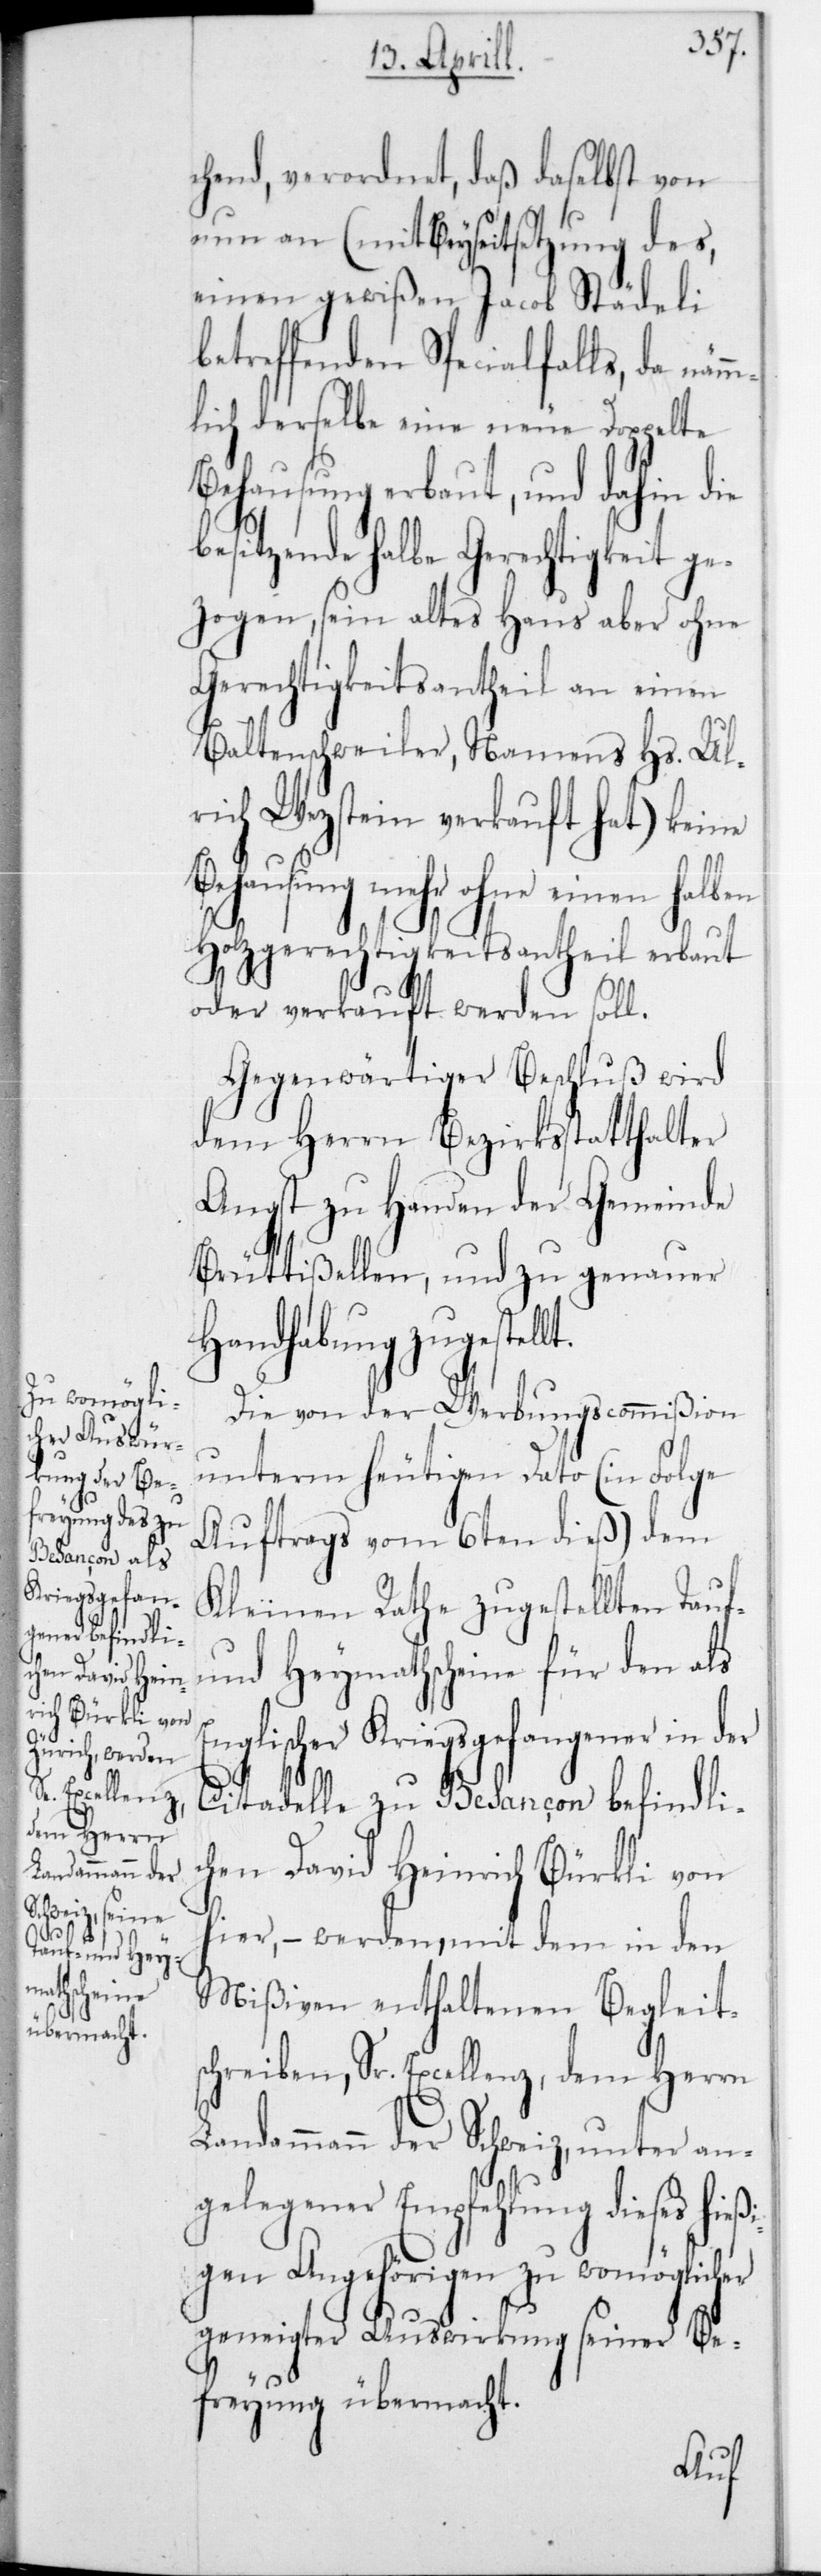
chend, verordnet, daß daselbst von
nun an (mit Beyseitsetzung des,
einen gewißen Jacob Städeli
betreffenden Specialfalls, da näm¬
mlich derselbe eine neue doppelte
Behausung erbaut und dahin die
besitzende halbe Gerechtigkeit g¬
ezogen, sein altes Haus aber ohne
Gerechtigkeitsantheil an einen
Baltenschweiler, namens Hs. Ul¬
rich Wezstein verkauft hat) keine
Behausung mehr ohne einen halben
Holzgerechtigkeitsantheil erbaut
oder verkauft werden soll.
Gegenwärtiger Beschluß wird
dem Herrn Bezirksstatthalter
Angst zu Handen der Gemeinde
Brüttißellen, und zu genauer
Handhabung zugestellt.
Die von der Werbungscommißion
unterm heutigen Dato (in Folge
Auftrags vom 6ten dieß) dem
Kleinen Rathe zugestellten Tauf-
und Heymathscheine für den als
Englischer Kriegsgefangener in der
Citadelle zu Besançon befindli¬
chen David Heinrich Bürkli von
hier, – werden mit dem in den
Mißiven enthaltenen Begleit¬
schreiben, Sr. Excellenz, dem Herrn
Landammann der Schweiz, unter an¬
gelegener Empfehlung dieses hieß¬
igen Angehörigen zu womöglicher
geneigter Auswirkung seiner Be¬
freyung übermacht.